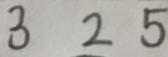
3 2 5